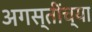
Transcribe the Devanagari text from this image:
अगस्तींच्या